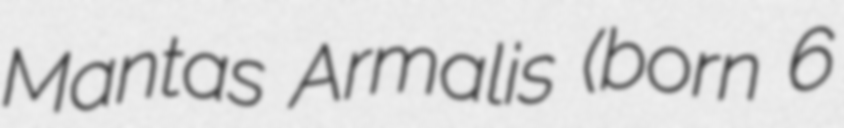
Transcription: Mantas Armalis (born 6